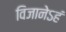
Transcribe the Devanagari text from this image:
विजानेऽहं